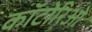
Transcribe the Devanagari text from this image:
कॉटोरिओ